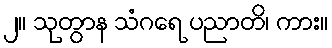
၂။ သုတွာန သံဂရေ ပညာတိ၊ ကား။